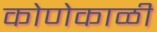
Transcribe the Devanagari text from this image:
कोणेकाळी